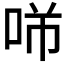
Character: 𱒡